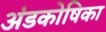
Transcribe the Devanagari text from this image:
अंडकोषिका